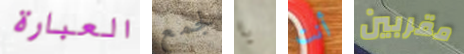
العبارة لجمع يا أنت مقربين